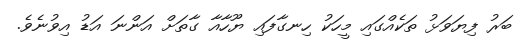
ބަރު ފިޔަވަޅު ތަކެއްގައި މީހަކު ހިނގާފައި ޔޫހާއާ ގާތަށް އަންނަ އަޑު އިވުނެވެ.